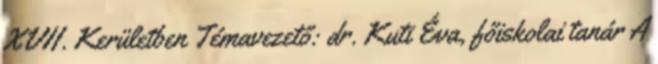
XVII. Kerületben Témavezető: dr. Kuti Éva, főiskolai tanár A